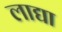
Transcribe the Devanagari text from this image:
लाद्या